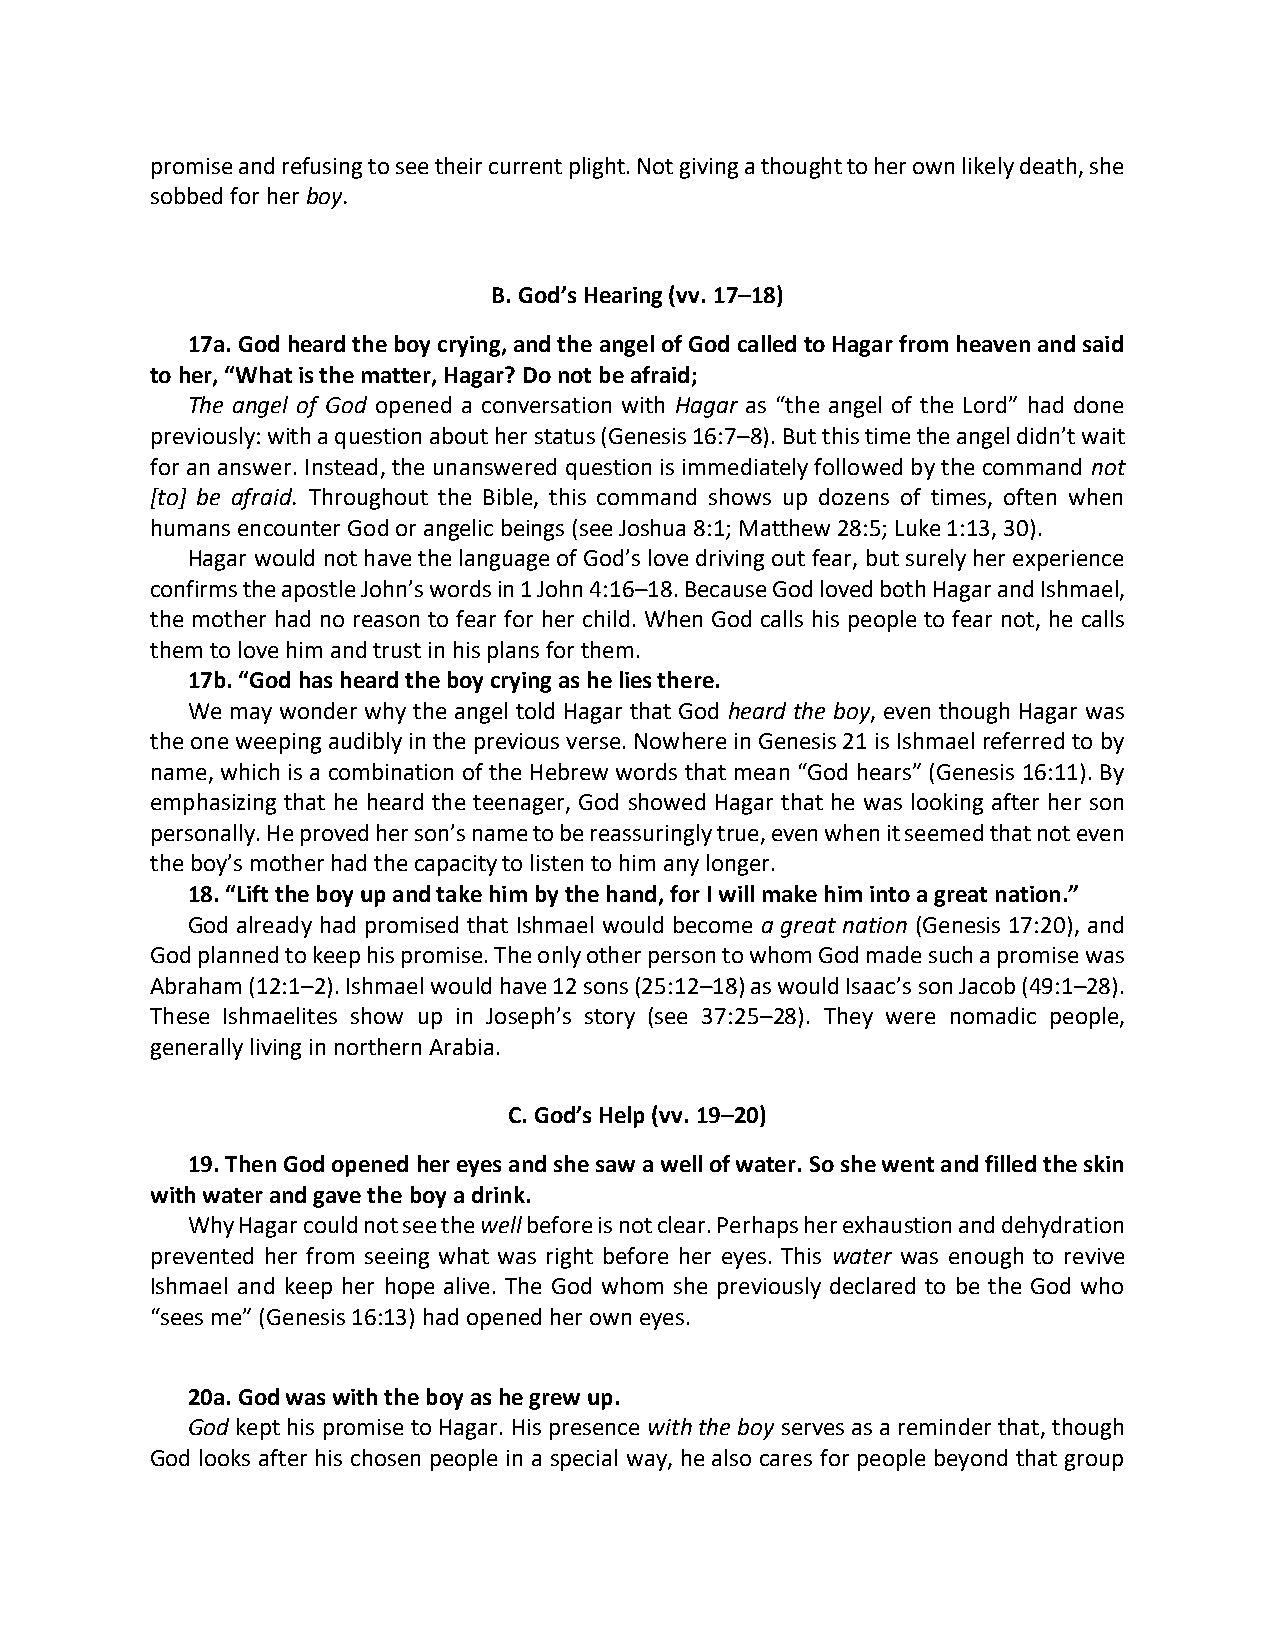
promise and refusing to see their current plight. Not giving a thought to her own likely death, she
 sobbed for her boy.
 B. God’s Hearing (vv. 17–18)
 17a. God heard the boy crying, and the angel of God called to Hagar from heaven and said
 to her, “What is the matter, Hagar? Do not be afraid;
 The angel of God opened a conversation with Hagar as “the angel of the Lord” had done
 previously: with a question about her status (Genesis 16:7–8). But this time the angel didn’t wait
 for an answer. Instead, the unanswered question is immediately followed by the command not
 [to] be afraid. Throughout the Bible, this command shows up dozens of times, often when
 humans encounter God or angelic beings (see Joshua 8:1; Matthew 28:5; Luke 1:13, 30).
 Hagar would not have the language of God’s love driving out fear, but surely her experience
 confirms the apostle John’s words in 1 John 4:16–18. Because God loved both Hagar and Ishmael,
 the mother had no reason to fear for her child. When God calls his people to fear not, he calls
 them to love him and trust in his plans for them.
 17b. “God has heard the boy crying as he lies there.
 We may wonder why the angel told Hagar that God heard the boy, even though Hagar was
 the one weeping audibly in the previous verse. Nowhere in Genesis 21 is Ishmael referred to by
 name, which is a combination of the Hebrew words that mean “God hears” (Genesis 16:11). By
 emphasizing that he heard the teenager, God showed Hagar that he was looking after her son
 personally. He proved her son’s name to be reassuringly true, even when it seemed that not even
 the boy’s mother had the capacity to listen to him any longer.
 18. “Lift the boy up and take him by the hand, for I will make him into a great nation.”
 God already had promised that Ishmael would become a great nation (Genesis 17:20), and
 God planned to keep his promise. The only other person to whom God made such a promise was
 Abraham (12:1–2). Ishmael would have 12 sons (25:12–18) as would Isaac’s son Jacob (49:1–28).
 These Ishmaelites show up in Joseph’s story (see 37:25–28). They were nomadic people,
 generally living in northern Arabia.
 C. God’s Help (vv. 19–20)
 19. Then God opened her eyes and she saw a well of water. So she went and filled the skin
 with water and gave the boy a drink.
 Why Hagar could not see the well before is not clear. Perhaps her exhaustion and dehydration
 prevented her from seeing what was right before her eyes. This water was enough to revive
 Ishmael and keep her hope alive. The God whom she previously declared to be the God who
 “sees me” (Genesis 16:13) had opened her own eyes.
 20a. God was with the boy as he grew up.
 God kept his promise to Hagar. His presence with the boy serves as a reminder that, though
 God looks after his chosen people in a special way, he also cares for people beyond that group